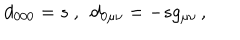
d _ { 0 0 0 } = s \ , \ \ d _ { 0 \mu \nu } = - s g _ { \mu \nu } \, ,